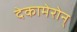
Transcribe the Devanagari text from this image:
देकामेरोन्